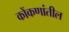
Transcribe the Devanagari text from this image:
कोंकणांतील